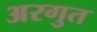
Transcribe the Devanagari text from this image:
अरगुत